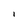
Character: I